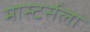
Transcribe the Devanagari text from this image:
मास्टर्सला